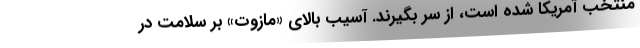
منتخب آمریکا شده است، از سر بگیرند. آسیب بالای «مازوت» بر سلامت در